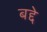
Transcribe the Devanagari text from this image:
बद्दे